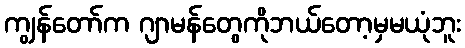
ကျွန်တော်က ဂျာမန်တွေကိုဘယ်တော့မှမယုံဘူး